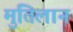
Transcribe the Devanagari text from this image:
मुंतिलान